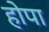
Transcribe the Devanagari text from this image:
होपा